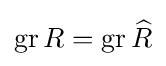
\operatorname {gr} R=\operatorname {gr} {\widehat {R}}